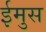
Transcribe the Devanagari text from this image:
ईमुस